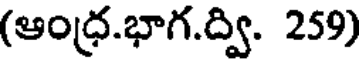
(ఆంధ్ర.భాగ.ద్వి. 259)